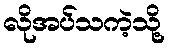
လိုအပ်သကဲ့သို့